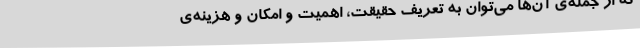
که از جمله‌ی آن‌ها می‌توان به تعریف حقیقت، اهمیت و امکان و هزینه‌ی